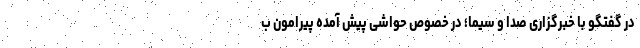
در گفتگو با خبرگزاری صدا و سیما؛ در خصوص حواشی پیش آمده پیرامون ب